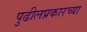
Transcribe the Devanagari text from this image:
पुढीलप्रकारच्या